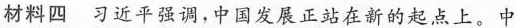
材料四习近平强调，中国发展正站在新的起点上。中